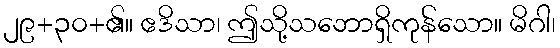
၂၉+၃၀+၏။ ဧဒိသာ၊ ဤသို့သဘောရှိကုန်သော။ မိဂါ၊